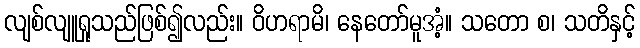
လျစ်လျူရှုသည်ဖြစ်၍လည်း။ ဝိဟရာမိ၊ နေတော်မူအံ့။ သတော စ၊ သတိနှင့်